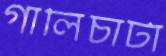
গালিচাটা